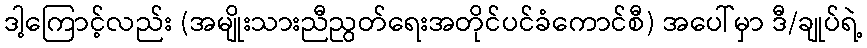
ဒါ့ကြောင့်လည်း (အမျိုးသားညီညွတ်ရေးအတိုင်ပင်ခံကောင်စီ) အပေါ်မှာ ဒီ/ချုပ်ရဲ့